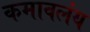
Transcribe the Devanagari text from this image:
कमावलंय